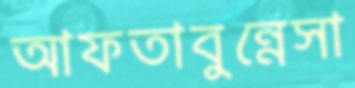
আফতাবুন্নেসা